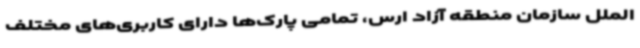
الملل سازمان منطقه آزاد ارس، تمامی پارک‌ها دارای کاربری‌های مختلف